Indian journal of veterinary science and animal husbandry - Volume 13,
Year: 1943
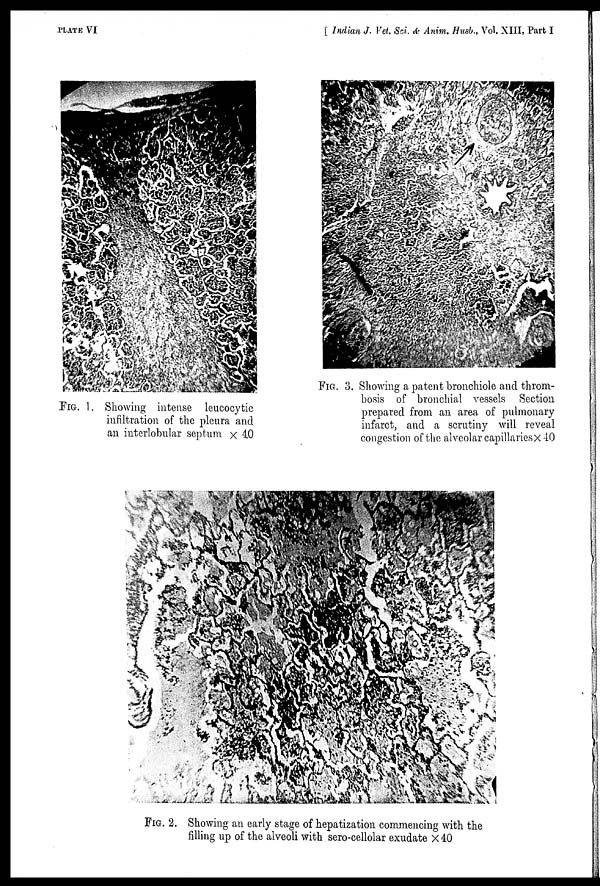
PLATE VI
[ Indian J. Vet. Sci. & Anim. Husb., Vol. XIII, Part I
FIG. 1. Showing intense leucocytic
infiltration of the pleura and
an interlobular septum × 40
FIG. 2. Showing an early stage of hepatization commencing with the
filling up of the alveoli with sero-cellolar exudate × 40
FIG. 3. Showing a patent bronchiole and throm-
bosis of bronchial vessels Section
prepared from an area of pulmonary
infarct, and a scrutiny will reveal
congestion of the alveolar capillaries × 40